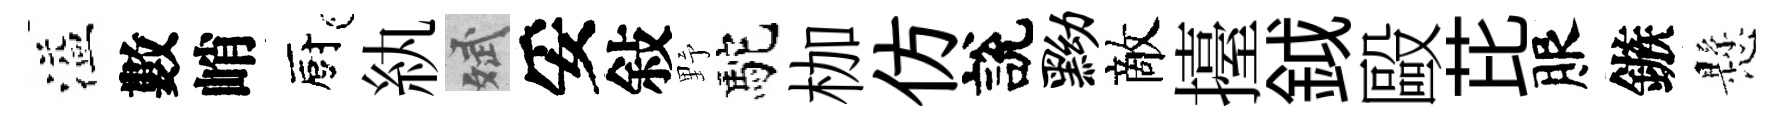
溢數峭廚紈斌妥敍野駝枷仿說黝敵擡鉞毆芘服鏃懸